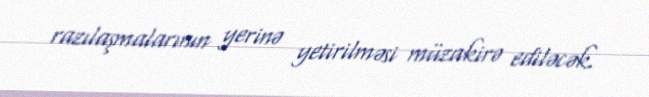
razılaşmalarının yerinə yetirilməsi müzakirə ediləcək.